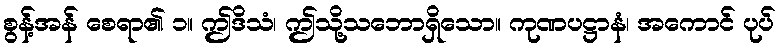
စွန့်အန် စေရာ၏ ၁။ ဤဒိသံ၊ ဤသို့သဘောရှိသော။ ကုဏပဋ္ဌာနံ၊ အကောင် ပုပ်